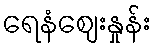
ရေနံဈေးနှုန်း